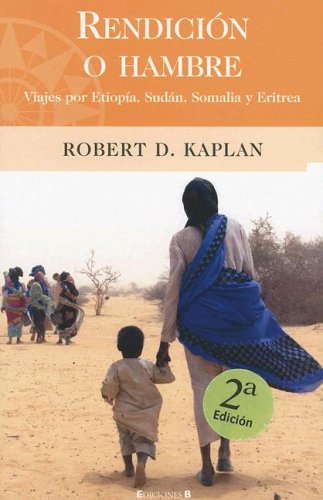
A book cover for Rendicion o hambre: Viajes por Etiopia, Sudan, Somalia y Eritrea; Robert D. Kaplan; Travel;